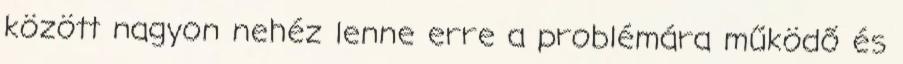
között nagyon nehéz lenne erre a problémára működő és